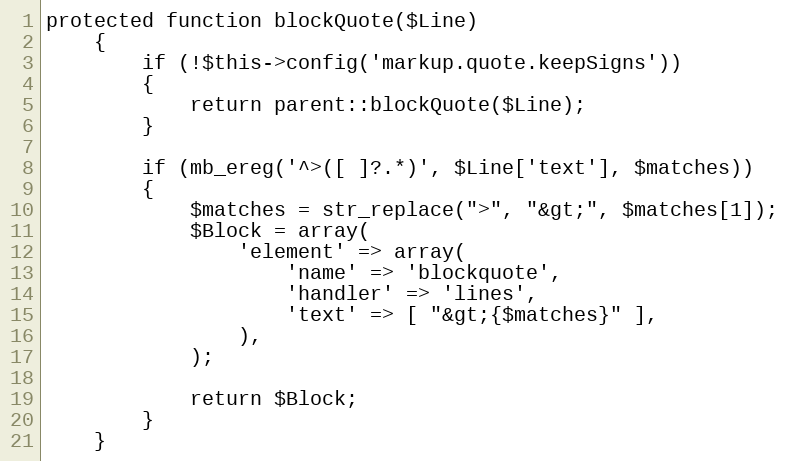
Language: PHP
protected function blockQuote($Line)
    {
        if (!$this->config('markup.quote.keepSigns'))
        {
            return parent::blockQuote($Line);
        }

        if (mb_ereg('^>([ ]?.*)', $Line['text'], $matches))
        {
            $matches = str_replace(">", "&gt;", $matches[1]);
            $Block = array(
                'element' => array(
                    'name' => 'blockquote',
                    'handler' => 'lines',
                    'text' => [ "&gt;{$matches}" ],
                ),
            );

            return $Block;
        }
    }